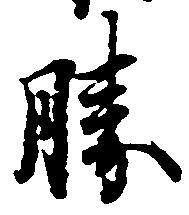
勝